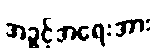
အခွင့်အရေးအား